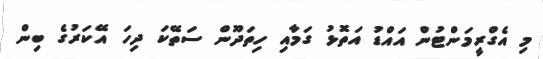
މި އެގްރީމަންޓުން އައްޑު އަތޮޅު ގަމާއި ހިތަދޫން ސަތޭކަ ދިހަ އޭކަރުގެ ބިން